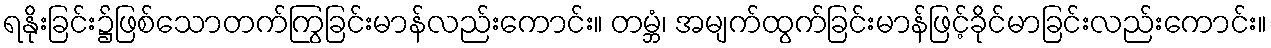
ရနိုးခြင်း၌ဖြစ်သောတက်ကြွခြင်းမာန်လည်းကောင်း။ တမ္ဘံ၊ အမျက်ထွက်ခြင်းမာန်ဖြင့်ခိုင်မာခြင်းလည်းကောင်း။